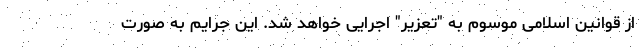
از قوانین اسلامی موسوم به "تعزیر" اجرایی خواهد شد. این جرایم به صورت